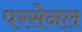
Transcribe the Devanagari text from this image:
परसेनल